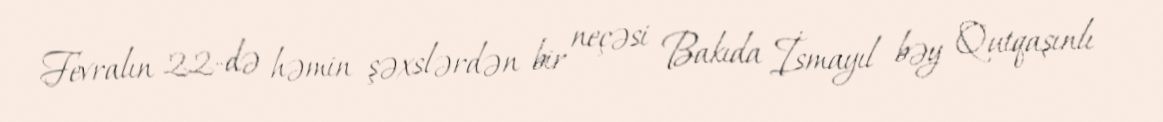
Fevralın 22-də həmin şəxslərdən bir neçəsi Bakıda İsmayıl bəy Qutqaşınlı